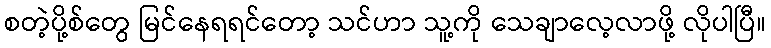
စတဲ့ပို့စ်တွေ မြင်နေရရင်တော့ သင်ဟာ သူ့ကို သေချာလေ့လာဖို့ လိုပါပြီ။